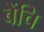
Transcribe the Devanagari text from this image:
बेंचि